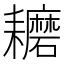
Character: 耱